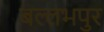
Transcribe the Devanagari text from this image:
बल्लभपुर